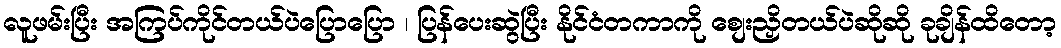
လူဖမ်းပြီး အကြပ်ကိုင်တယ်ပဲပြောပြော ၊ ပြန်ပေးဆွဲပြီး နိုင်ငံတကာကို စျေးညှိတယ်ပဲဆိုဆို ခုချိန်ထိတော့